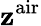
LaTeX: \mathbf{z}^{\mathrm{{air}}}